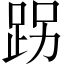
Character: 𨀌